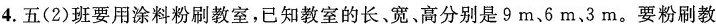
4.五(2)班要用涂料粉刷教室，已知教室的长、宽、高分别是9m、6m、3m。要粉刷教